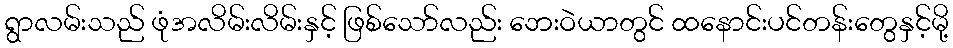
ရွာလမ်းသည် ဖုံအလိမ်းလိမ်းနှင့် ဖြစ်သော်လည်း ဘေးဝဲယာတွင် ထနောင်းပင်တန်းတွေနှင့်မို့